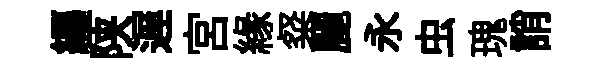
纒陕遅宫緣粲麗永虫瑰誚